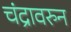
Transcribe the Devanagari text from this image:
चंद्रावरुन